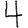
Digit: 4